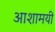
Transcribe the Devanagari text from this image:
आशामयी